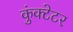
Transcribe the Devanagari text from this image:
कुंक्टेटर